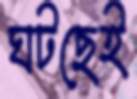
ঘটছেই